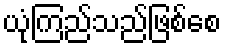
ယုံကြည်သည်ဖြစ်စေ